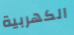
الكهربية